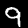
Digit: 9